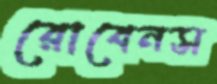
রোবেনস